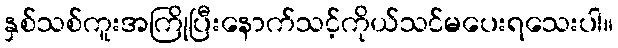
နှစ်သစ်ကူးအကြိုပြီးနောက်သင့်ကိုယ်သင်မပေးရသေးပါ။